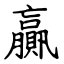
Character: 贏